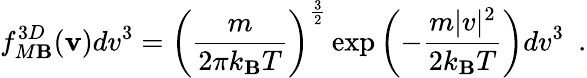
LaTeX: f_{M\mathbf{B}}^{3D}(\textbf{{v}})dv^{3}=\left(\frac{{m}}{{2\pi{}k_{\mathbf{B}}T}}\right)^{\frac{{3}}{{2}}}\exp\left(-\frac{{m|v|^{2}}}{{2k_{\mathbf{B}}T}}\right)dv^{3}\, \, \, .